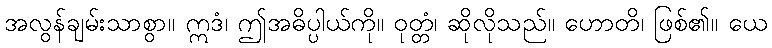
အလွန်ချမ်းသာစွာ။ ဣဒံ၊ ဤအဓိပ္ပါယ်ကို။ ဝုတ္တံ၊ ဆိုလိုသည်။ ဟောတိ၊ ဖြစ်၏။ ယေ